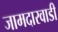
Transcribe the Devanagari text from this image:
जामदारवाडी